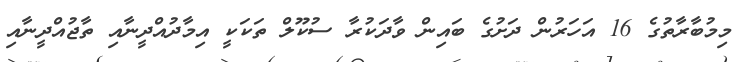
މިމުބާރާތުގެ 16 އަހަރުން ދަށުގެ ބައިން ވާދަކުރާ ސުކޫލް ތަކަކީ އިމާދުއްދީނާއި ތާޖުއްދީނާއި